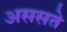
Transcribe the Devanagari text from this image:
अससते